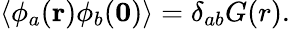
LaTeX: \langle\phi_{a}({\mathbf r})\phi_{b}({\mathbf 0})\rangle=\delta_{ab}G(r).